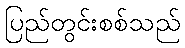
ပြည်တွင်းစစ်သည်